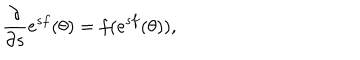
LaTeX: \frac { \partial } { \partial s } \mathrm { e } ^ { s f } ( \theta ) = f ( \mathrm { e } ^ { s f } ( \theta ) ) ,